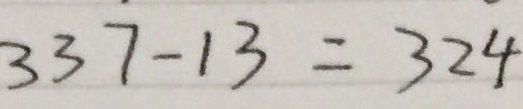
3 3 7 - 1 3 = 3 2 4